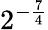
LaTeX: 2^{-{\frac{7}{4}}}